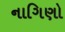
નાગિણો